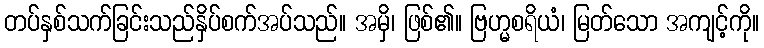
တပ်နှစ်သက်ခြင်းသည်နှိပ်စက်အပ်သည်။ အမှိ၊ ဖြစ်၏။ ဗြဟ္မစရိယံ၊ မြတ်သော အကျင့်ကို။